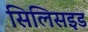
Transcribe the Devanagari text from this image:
सिलिसइड